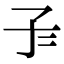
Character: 𡤾